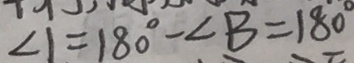
\angle 1 = 1 8 0 ^ { \circ } - \angle B = 1 8 0 ^ { \circ }